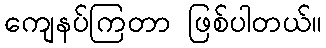
ကျေနပ်ကြတာ ဖြစ်ပါတယ်။